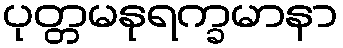
ပုတ္တမနုရက္ခမာနာ